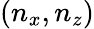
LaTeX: (n_{x},n_{z})